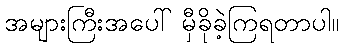
အများကြီးအပေါ် မှီခိုခဲ့ကြရတာပါ။